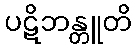
ပဋိဘန္တူတိ